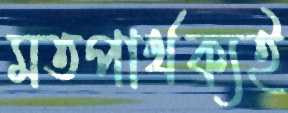
মতপার্থক্যই